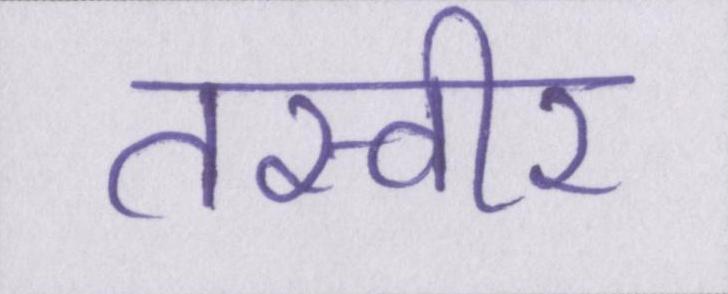
तस्वीर